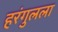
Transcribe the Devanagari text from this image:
हरंगुलला